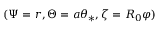
( \Psi = r , \Theta = a \theta _ { * } , \zeta = R _ { 0 } \varphi )